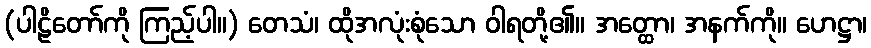
(ပါဠိတော်ကို ကြည့်ပါ။) တေသံ၊ ထိုအလုံးစုံသော ဝါရတို့၏။ အတ္ထော၊ အနက်ကို။ ဟေဋ္ဌာ၊